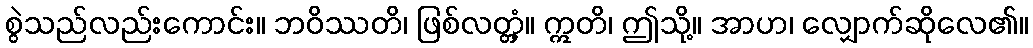
စွဲသည်လည်းကောင်း။ ဘဝိဿတိ၊ ဖြစ်လတ္တံ့။ ဣတိ၊ ဤသို့။ အာဟ၊ လျှောက်ဆိုလေ၏။